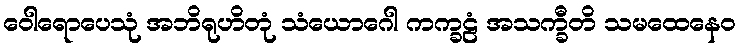
ဝေါရောပေသုံ အဘိရုဟိတုံ သံယောဂေါ ကက္ခဠံ အသက္ခီတိ သမထေနေဝ